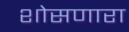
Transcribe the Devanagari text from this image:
शोसणारा